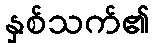
နှစ်သက်၏